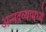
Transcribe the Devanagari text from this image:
अन्नद्रव्यामध्ये